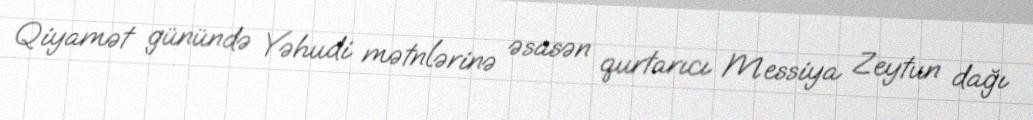
Qiyamət günündə Yəhudi mətnlərinə əsasən qurtarıcı Messiya Zeytun dağı